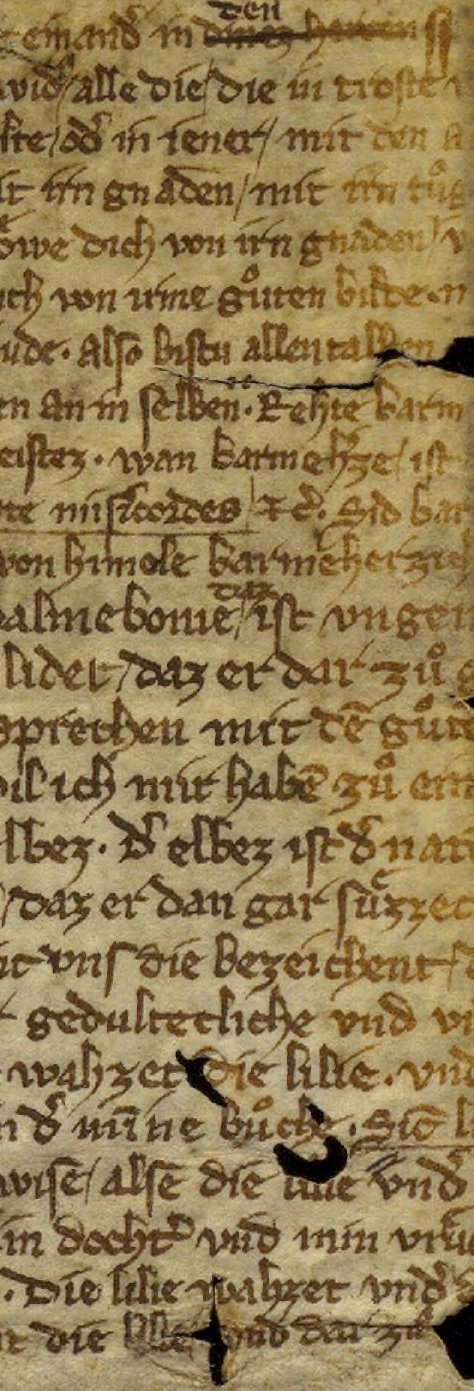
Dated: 1325–1349